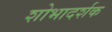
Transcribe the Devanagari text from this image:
शोभादर्शक